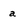
Character: a